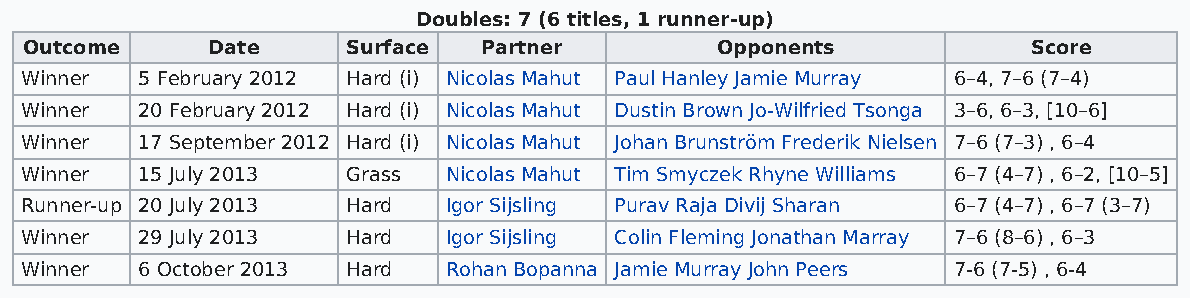
Doubles: 7 (6 titles, 1 runner-up)
 Outcome     Date     Surface  Partner        Opponents            Score
 Winner  5 February 2012 Hard (i) Nicolas Mahut Paul Hanley Jamie Murray 6–4, 7–6 (7–4)
 Winner  20 February 2012 Hard (i) Nicolas Mahut Dustin Brown Jo-Wilfried Tsonga 3–6, 6–3, [10–6]
 Winner  17 September 2012 Hard (i) Nicolas Mahut Johan Brunström Frederik Nielsen 7–6 (7–3) , 6–4
 Winner  15 July 2013  Grass Nicolas Mahut Tim Smyczek Rhyne Williams 6–7 (4–7) , 6–2, [10–5]
 Runner-up 20 July 2013 Hard Igor Sijsling Purav Raja Divij Sharan 6–7 (4–7) , 6–7 (3–7)
 Winner  29 July 2013  Hard  Igor Sijsling Colin Fleming Jonathan Marray 7–6 (8–6) , 6–3
 Winner  6 October 2013 Hard Rohan Bopanna Jamie Murray John Peers 7-6 (7-5) , 6-4